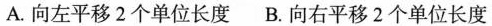
A.向左平移2个单位长度 B.向右平移2个单位长度